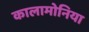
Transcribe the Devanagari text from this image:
कालामोनिया